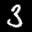
Label: 3